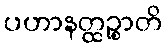
ပဟာနတ္ထဉ္စာတိ